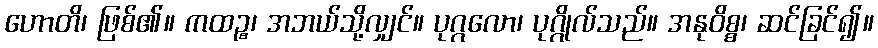
ဟောတိ၊ ဖြစ်၏။ ကထဉ္စ၊ အဘယ်သို့လျှင်။ ပုဂ္ဂလော၊ ပုဂ္ဂိုလ်သည်။ အနုဝိစ္စ၊ ဆင်ခြင်၍။